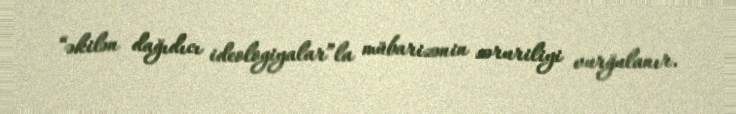
“əkilən dağıdıcı ideologiyalar”la mübarizənin zəruriliyi vurğulanır.